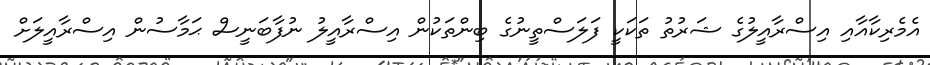
އެމެރިކާއާއި އިސްރާއީލުގެ ޝަރުތު ތަކަކީ ފަލަސްތީނުގެ ބިންތަކުން އިސްރާއީލު ނުފާބަނީސް ޙަމާސުން އިސްރާއީލަށް